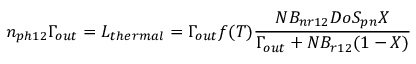
n _ { p h 1 2 } \Gamma _ { o u t } = L _ { t h e r m a l } = \Gamma _ { o u t } f ( T ) \frac { N B _ { n r 1 2 } D o S _ { p n } X } { \Gamma _ { o u t } + N B _ { r 1 2 } ( 1 - X ) }